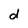
Character: d